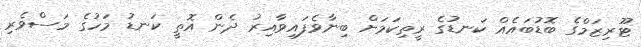
ޓޫރިޒަމްގެ ބޮޑުބައެއް ކަނޑުގެ ރީތިކަމަށް ބިނާވެފައިވާއިރު ދެން އޮތީ ކަނޑު މަހުގެ މަސްވެރި